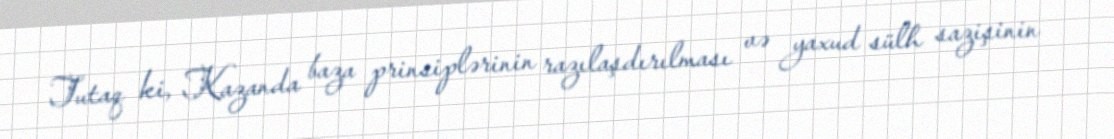
Tutaq ki, Kazanda baza prinsiplərinin razılaşdırılması və yaxud sülh sazişinin